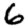
Digit: 6